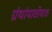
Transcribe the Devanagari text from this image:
ग्रंथांपाठोपाठ